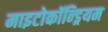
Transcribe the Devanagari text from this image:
माइटोकॉन्ड्रियम